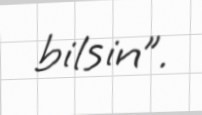
bilsin”.